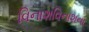
વિનાશવિનાશના